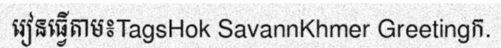
រៀនធ្វើតាម៖TagsHok SavannKhmer Greetingក.